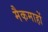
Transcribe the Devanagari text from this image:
मैकमाहों